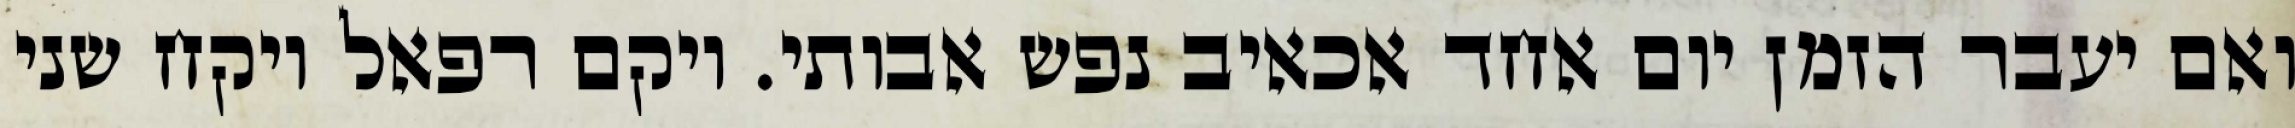
ואם יעבר הזמן יום אחד אכאיב נפש אבותי. ויקם רפאל ויקח שני